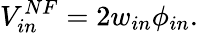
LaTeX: V_{in}^{NF}=2w_{in}\phi_{in}.